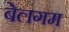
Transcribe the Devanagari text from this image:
बेलगम